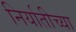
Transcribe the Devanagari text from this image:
निर्यातीच्या